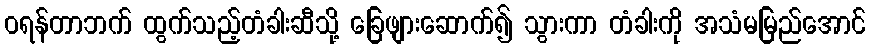
ဝရန်တာဘက် ထွက်သည့်တံခါးဆီသို့ ခြေဖျားဆောက်၍ သွားကာ တံခါးကို အသံမမြည်အောင်